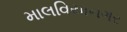
માલવિયાનગર